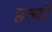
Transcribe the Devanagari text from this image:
हत्यों